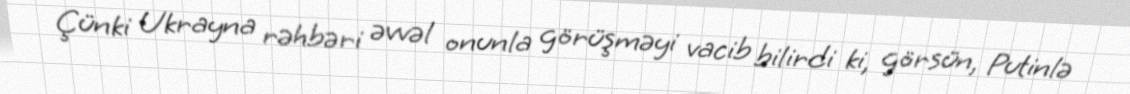
Çünki Ukrayna rəhbəri əvvəl onunla görüşməyi vacib bilirdi ki, görsün, Putinlə